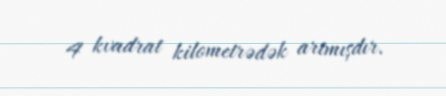
4 kvadrat kilometrədək artmışdır.